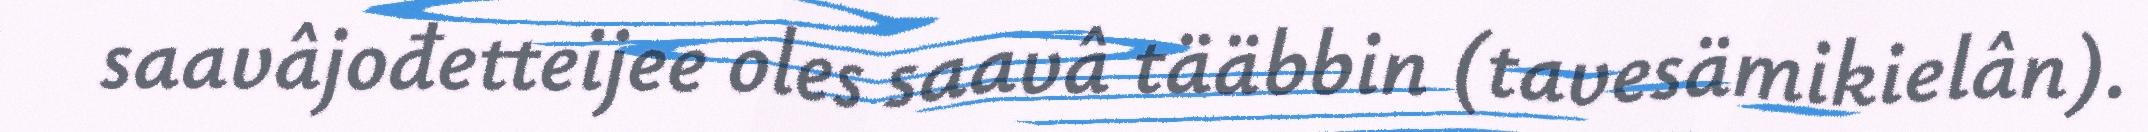
saavâjođetteijee oles saavâ tääbbin (tavesämikielân).